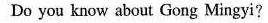
Do you know about Gong Mingyi?